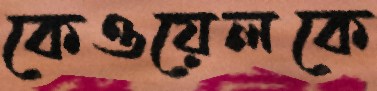
কেওয়েলকে